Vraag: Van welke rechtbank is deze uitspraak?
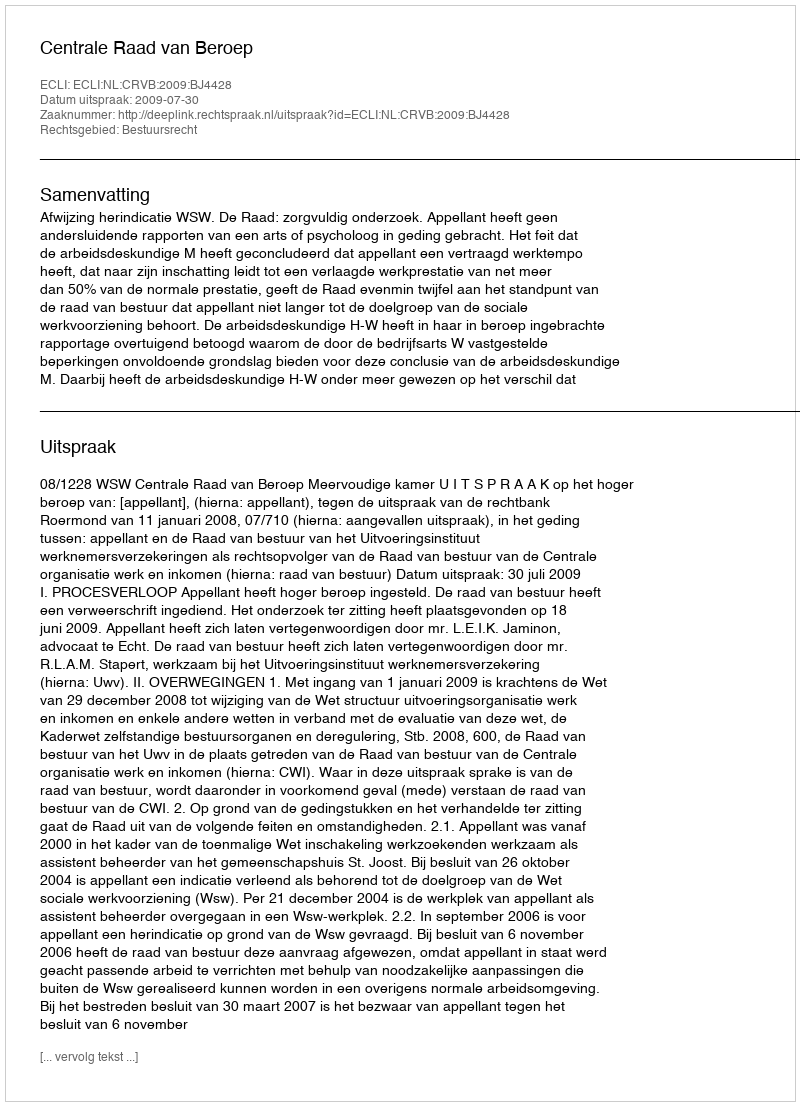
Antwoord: Centrale Raad van Beroep